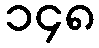
၁၄၈